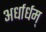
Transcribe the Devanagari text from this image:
अर्धार्धम्